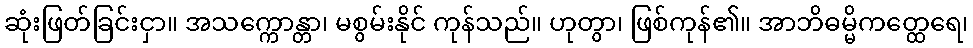
ဆုံးဖြတ်ခြင်းငှာ။ အသက္ကောန္တာ၊ မစွမ်းနိုင် ကုန်သည်။ ဟုတွာ၊ ဖြစ်ကုန်၏။ အာဘိဓမ္မိကတ္ထေရေ၊